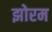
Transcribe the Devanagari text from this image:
झोरम